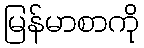
မြန်မာစာကို